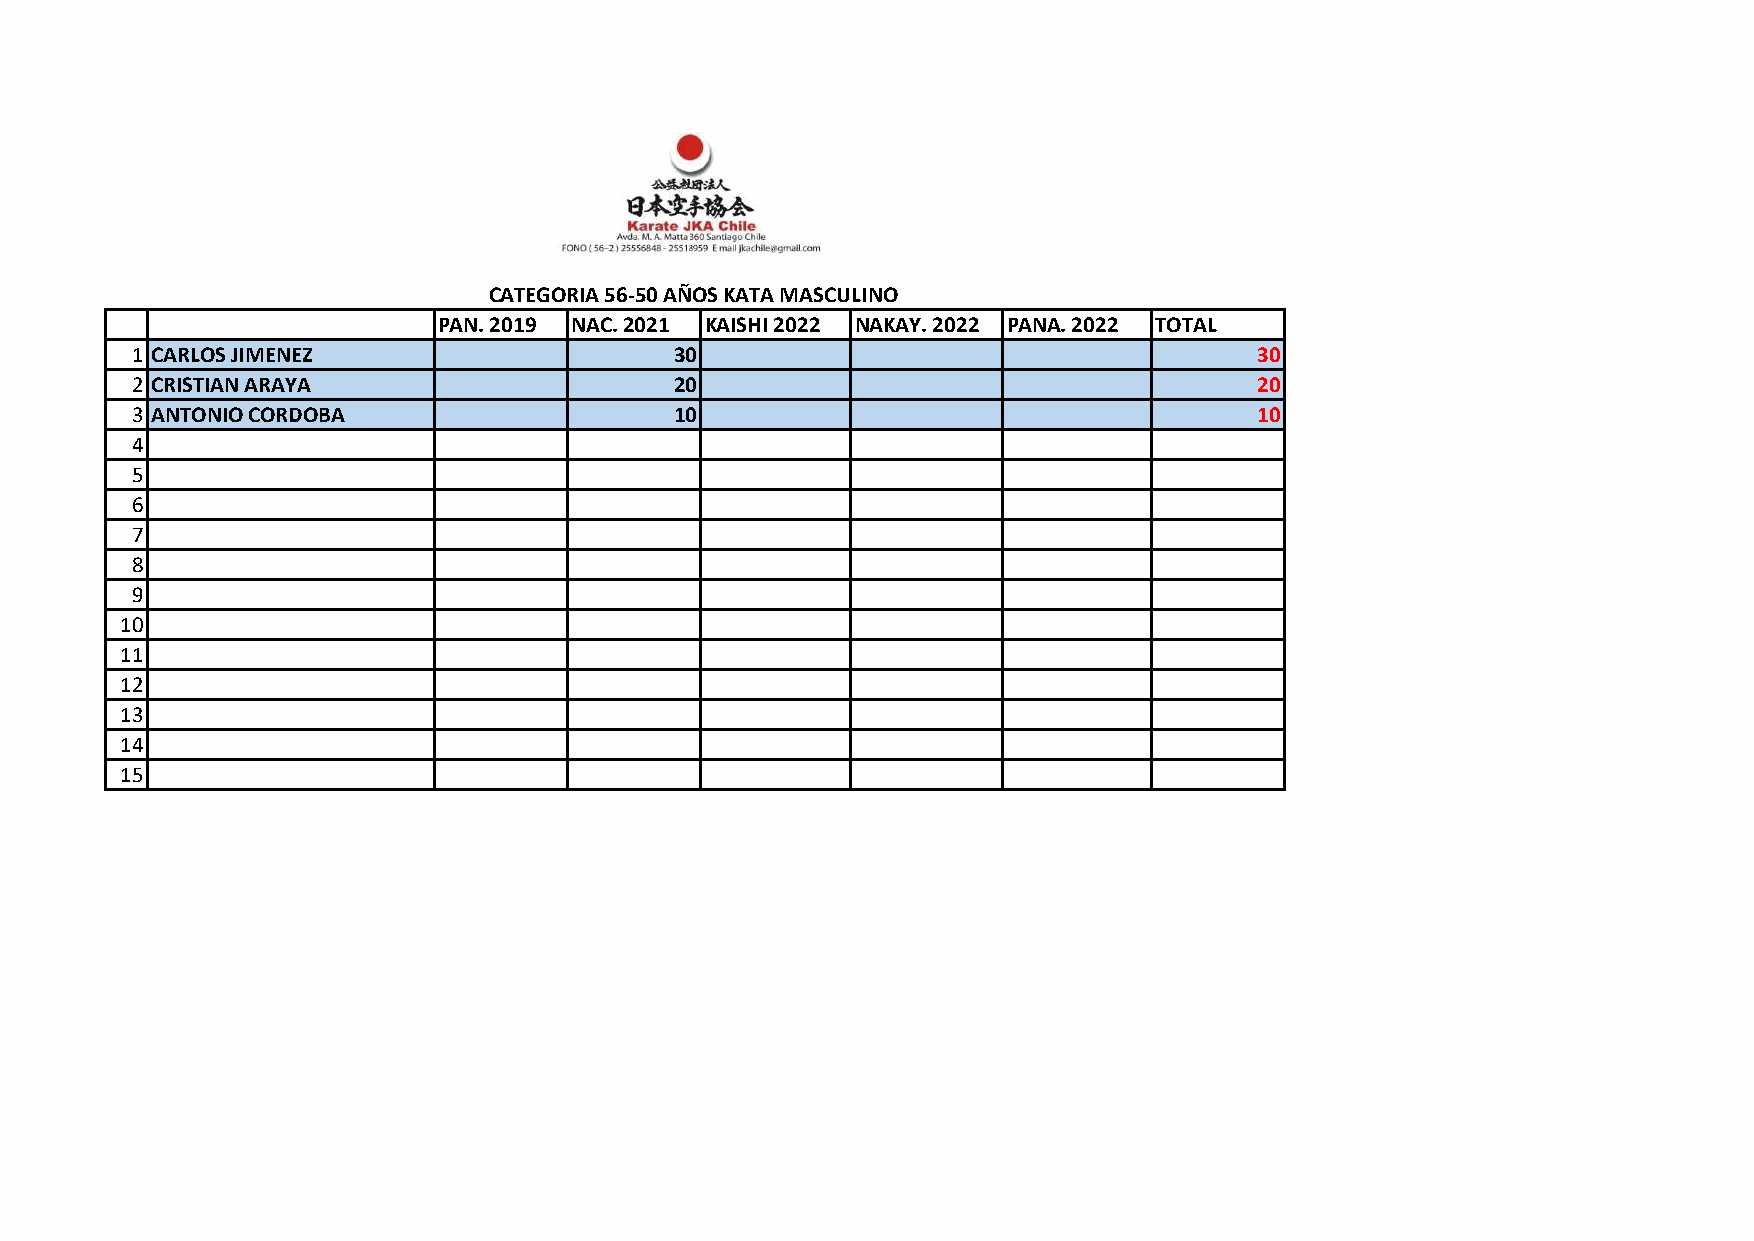
CATEGORIA 56-50 AÑOS KATA MASCULINO
 PAN. 2019 NAC. 2021 KAISHI 2022 NAKAY. 2022 PANA. 2022 TOTAL
 1 CARLOS JIMENEZ                    30                                    30
 2 CRISTIAN ARAYA                    20                                    20
 3 ANTONIO CORDOBA                   10                                    10
 4
 5
 6
 7
 8
 9
 10
 11
 12
 13
 14
 15